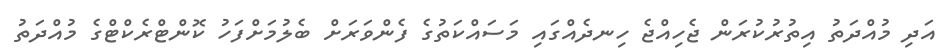
އަދި މުއްދަތު އިތުރުކުރަން ޖެހިއްޖެ ހިނދެއްގައި މަސައްކަތުގެ ފެންވަރަށް ބެލުމަށްފަހު ކޮންޓްރެކްޓްގެ މުއްދަތު